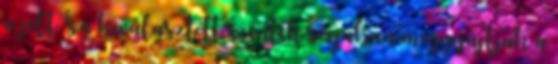
a jelt, s a kiválasztott szentek sorjában meggyújtják a